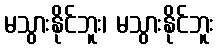
မသွားနိုင်ဘူး၊ မသွားနိုင်ဘူး